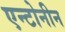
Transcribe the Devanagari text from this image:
एन्टोनीन